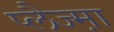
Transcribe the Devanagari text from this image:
प्लैज्म़ा